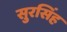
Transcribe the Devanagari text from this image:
सुरसिंह